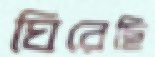
ঘিরেছি